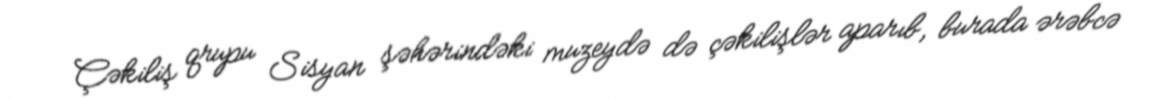
Çəkiliş qrupu Sisyan şəhərindəki muzeydə də çəkilişlər aparıb, burada ərəbcə